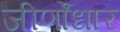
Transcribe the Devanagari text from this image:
जीर्णोंधार